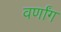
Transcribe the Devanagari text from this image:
वर्णांग